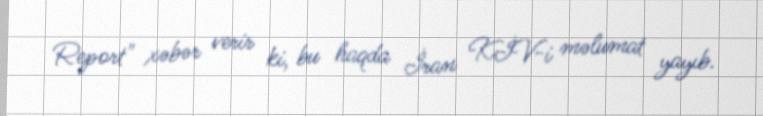
Report" xəbər verir ki, bu haqda İran KİV-i məlumat yayıb.